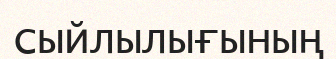
сыйлылығының